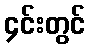
၄င်းတွင်